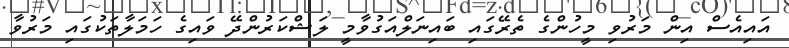
އައިއެސް އިން މަރުވި މީހުންގެ ތެރޭގައި ބައިނަލްއަގުވާމީ ލަޝްކަރުންދޭ ވައިގެ ހަމަލާތަކުގައި މަރުވާ